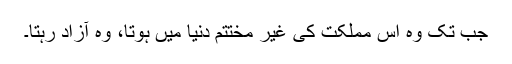
جب تک وہ اس مملکت کی غیر مختتم دنیا میں ہوتا، وہ آزاد رہتا۔